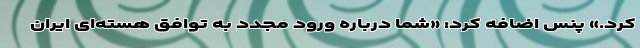
کرد.» پنس اضافه کرد: «شما درباره ورود مجدد به توافق هسته‌ای ایران